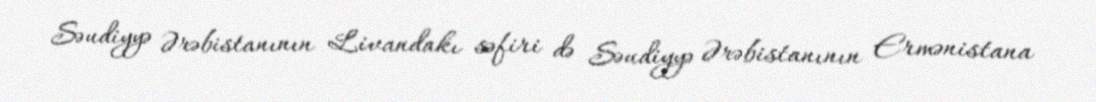
Səudiyyə Ərəbistanının Livandakı səfiri də Səudiyyə Ərəbistanının Ermənistana